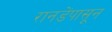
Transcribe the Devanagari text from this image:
रानडेंपासून